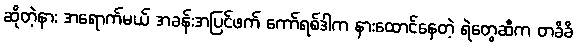
ဆိုတဲ့နား အရောက်မယ် အခန်းအပြင်ဖက် ကော်ရစ်ဒါက နားထောင်နေတဲ့ ရဲတွေဆီက တခိခိ